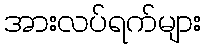
အားလပ်ရက်များ